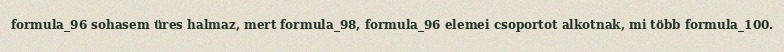
formula_96 sohasem üres halmaz, mert formula_98, formula_96 elemei csoportot alkotnak, mi több formula_100.